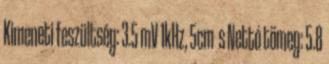
Kimeneti feszültség: 3.5 mV 1kHz, 5cm s Nettó tömeg: 5.8